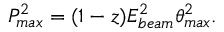
P _ { m a x } ^ { 2 } = ( 1 - z ) E _ { b e a m } ^ { 2 } \theta _ { m a x } ^ { 2 } .